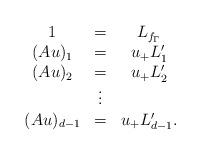
LaTeX: \begin{align*}\begin{array}{ccc}1 & = & L_{f_\Gamma} \\(Au)_{1} & = & u_{+} L_1'\\(Au)_{2} & = & u_{+} L_2'\\ & \vdots\\(Au)_{d-1} & = & u_{+} L_{d-1}'.\end{array}\end{align*}